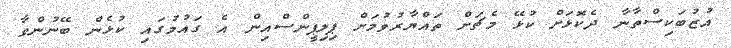
އުޒުބަކިސްތާނާ ދެކޮޅަށް ކުޅޭ މެޗަށް ތައްޔާރުވުމަށް ޕިލިޕީންސްއިން އެ ގައުމުގައި ކުޅެން ބޭނުންވާ